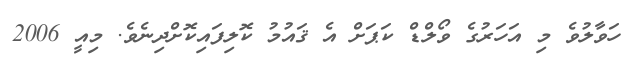
ހަވާލުވެ މި އަހަރުގެ ވޯލްޑް ކަޕަށް އެ ޤައުމު ކޮލިފައިކޮށްދިނެވެ. މިއީ 2006